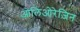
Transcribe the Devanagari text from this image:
ओलिओरेज़िन